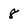
Character: 8